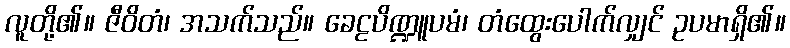
လူတို့၏။ ဇီဝိတံ၊ အသက်သည်။ ခေဠပိဏ္ဍူပမံ၊ တံထွေးပေါက်လျှင် ဥပမာရှိ၏။